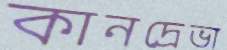
কানদ্রেভা